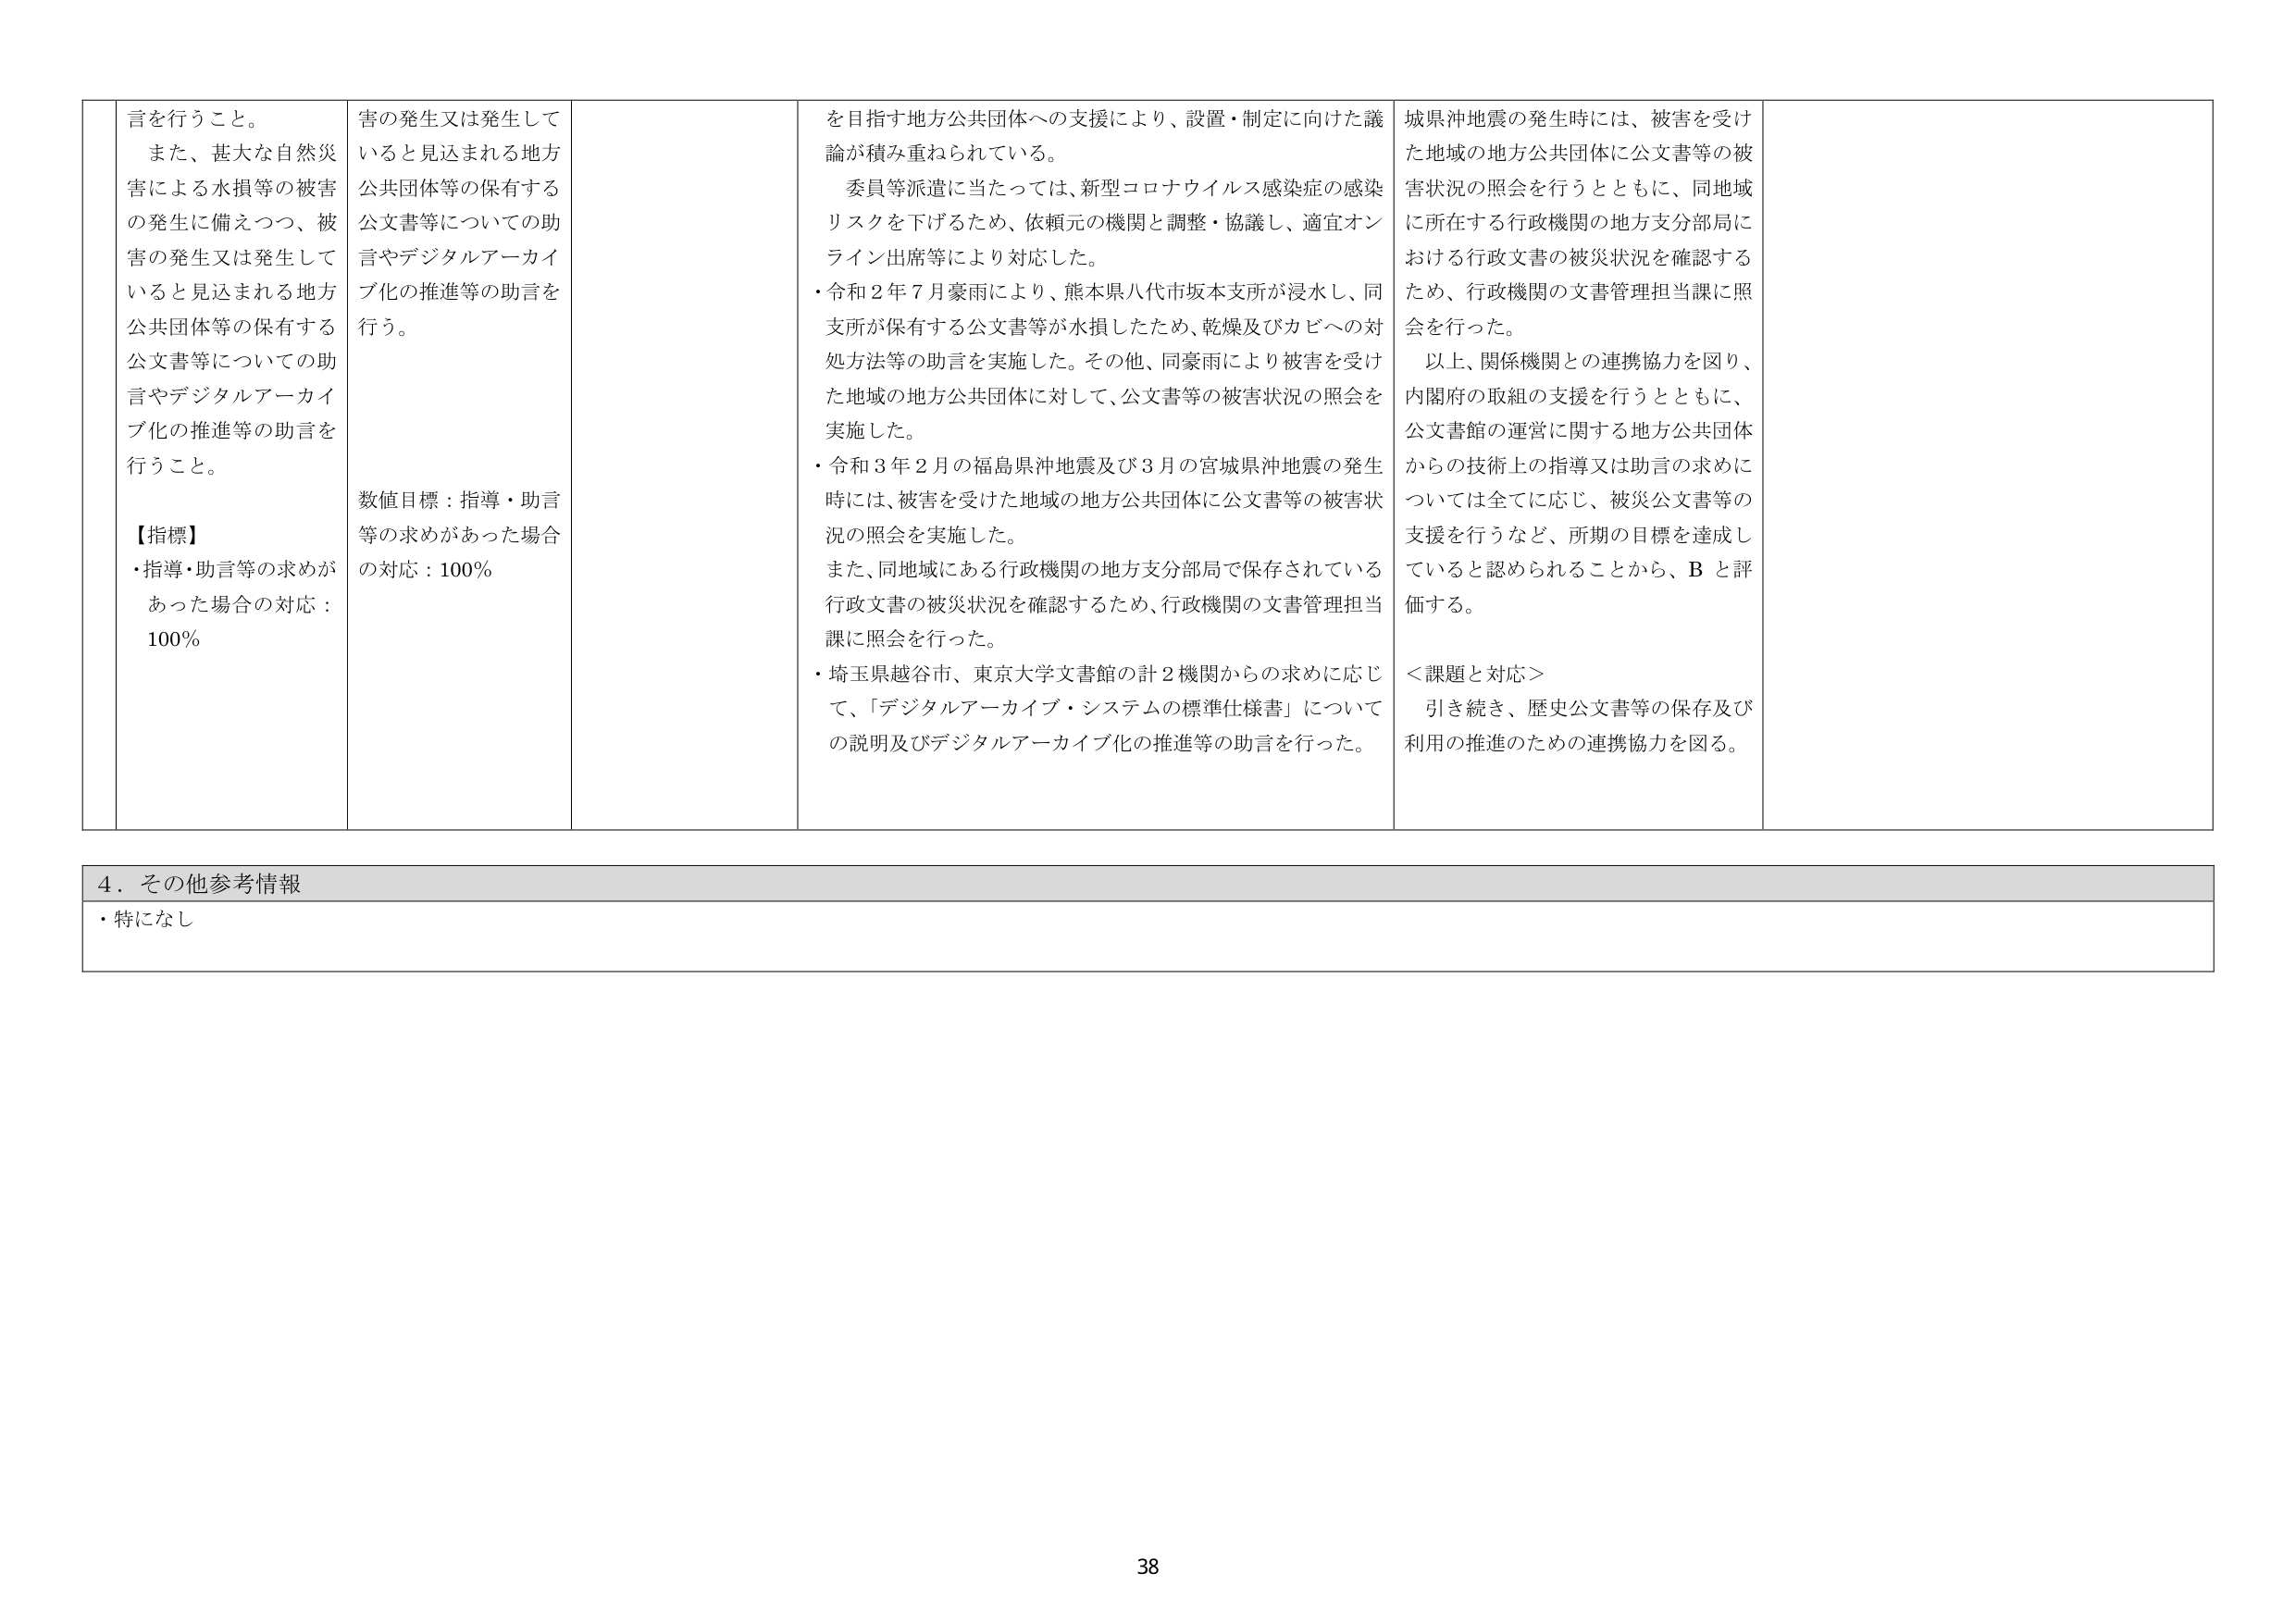
言を行うこと。
また、甚大な自然災害による水損等の被害の発生に備えつつ、被害の発生又は発生していると見込まれる地方公共団体等の保有する公文書等についての助言やデジタルアーカイブ化の推進等の助言を行うこと。
【指標】
・指導・助言等の求めがあった場合の対応：100％

害の発生又は発生していると見込まれる地方公共団体等の保有する公文書等についての助言やデジタルアーカイブ化の推進等の助言を行う。
数値目標：指導・助言等の求めがあった場合の対応：100％

を目的す地方公共団体への支援により、設置・制定に向けた議論が積み重ねられている。
委員等派遣に当たっては、新型コロナウイルス感染症の感染リスクを下げるため、依頼元の機関と調整・協議し、適宜オンライン出席等により対応した。
・令和２年７月豪雨により、熊本県八代市坂本支所が浸水し、同支所が保有する公文書等が水損したため、乾燥及びカビへの対処方法等の助言を実施した。その他、同豪雨により被害を受けた地域の地方公共団体に対して、公文書等の被害状況の照会を実施した。
・令和３年２月の福島県沖地震及び３月の宮城県沖地震の発生時には、被害を受けた地域の地方公共団体に公文書等の被害状況の照会を実施した。
また、同地域にある行政機関の地方支分部局で保存されている行政文書の被災状況を確認するため、行政機関の文書管理担当課に照会を行った。
・埼玉県越谷市、東京大学文書館の計２機関からの求めに応じて、「デジタルアーカイブ・システムの標準仕様書」についての説明及びデジタルアーカイブ化の推進等の助言を行った。

城県沖地震の発生時には、被害を受けた地域の地方公共団体に公文書等の被害状況の照会を行うとともに、同地域に所在する行政機関の地方支分部局における行政文書の被災状況を確認するため、行政機関の文書管理担当課に照会を行った。
以上、関係機関との連携協力を図り、内閣府の取組の支援を行うとともに、公文書館の運営に関する地方公共団体からの技術上の指導又は助言の求めについては全てに応じ、被災公文書等の支援を行うなど、所期の目標を達成していると認められることから、Ｂと評価する。
＜課題と対応＞
引き続き、歴史公文書等の保存及び利用の推進のための連携協力を図る。

４．その他参考情報
・特になし

38